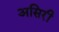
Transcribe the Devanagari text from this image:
असिरी